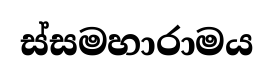
ස්සමහාරාමය